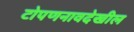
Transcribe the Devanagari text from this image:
टोपणनावदेखील